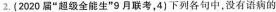
2.(2020届”超级全能生”9月联考，4)下列各句中，没有语病的